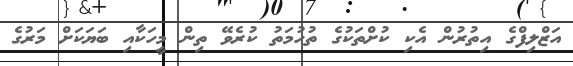
އަޒްލިފްގެ އިތުރުން އެކި ކުށްތަކުގެ ތުހުމަތު ކުރެވޭ ތިން މީހަކާއި ބަޔަކަށް މަރުގެ